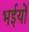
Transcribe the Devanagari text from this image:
भईयों